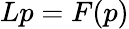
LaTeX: L{p}=F(p)